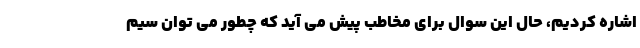
اشاره کردیم، حال این سوال برای مخاطب پیش می آید که چطور می توان سیم